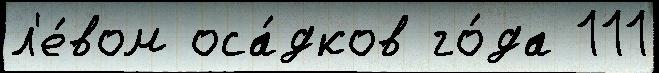
л'е́вом оса́дков го́да 111